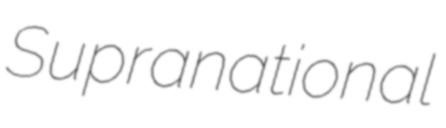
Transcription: Supranational